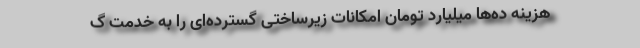
هزینه ده‌ها میلیارد تومان امکانات زیرساختی گسترده‌ای را به خدمت گ